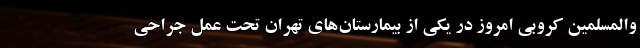
والمسلمین کروبی امروز در یکی از بیمارستان‌های تهران تحت عمل جراحی